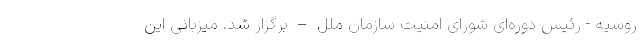
روسیه - رئیس دوره‌ای شورای امنیت سازمان ملل – برگزار شد. میزبانی این